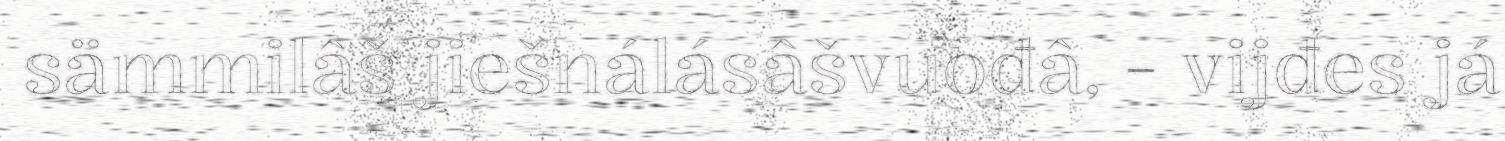
sämmilâš jiešnálásâšvuođâ, - vijđes já